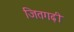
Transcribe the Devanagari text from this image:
जितगढ़ी